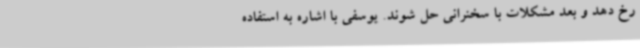
رخ دهد و بعد مشکلات با سخنرانی حل شوند. یوسفی با اشاره به استفاده